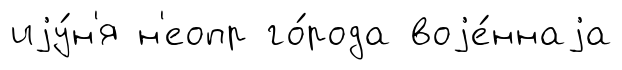
иjу́н'я н'еопр го́рода воjе́ннаjа